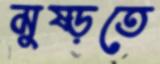
মুষ্‌ড়তে